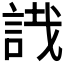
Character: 𧧟